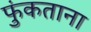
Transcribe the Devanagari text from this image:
फुंकताना